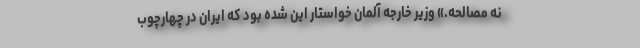
نه مصالحه.» وزیر خارجه آلمان خواستار این شده بود که ایران در چهارچوب